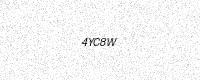
Text: 4YC8W